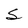
Character: S